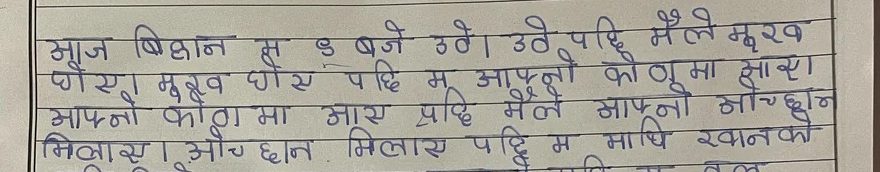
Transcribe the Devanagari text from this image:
आज बिहान ७ बजे उठे। उठेपछि मैले मुख
धोएँ। मुख धोएपछि म आफ्नो कोठामा आएँ।
आफ्नो कोठामा आएपछि मैले आफ्नो ओछ्यान
मिलाएँ। ओछ्यान मिलाएपछि म माथि खनको